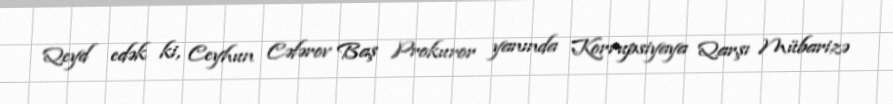
Qeyd edək ki, Ceyhun Cəfərov Baş Prokuror yanında Korrupsiyaya Qarşı Mübarizə